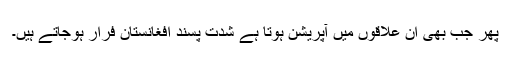
پھر جب بھی ان علاقوں میں آپریشن ہوتا ہے شدت پسند افغانستان فرار ہوجاتے ہیں۔